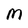
Character: M